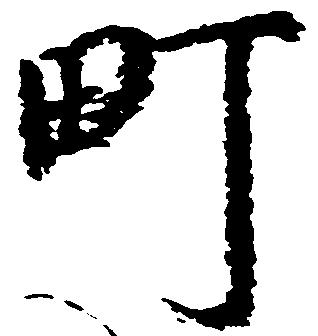
町